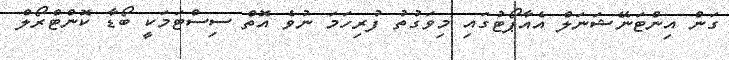
ގަން އިންޓަނޭޝަނަލް އެއާޕޯޓުގައި މިވަގުތު ފުރިހަމަ ނުވެ އޮތް ސިސްޓަމަކީ ބޯޑާ ކޮންޓްރޯލް